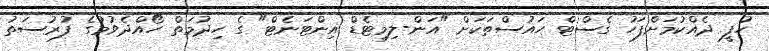
ހުފީ ދެއްކުމަށްފަހު ގެސްޓް ހައުސްތަކަށް "އަން-ލިމިޓެޑް އިންޓަނެޓް" ގެ ހިދުމަތް ހޯއްދެވުމުގެ ފުރުސަތު